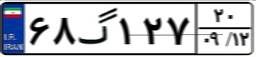
۶۸گ۱۲۷۲۰